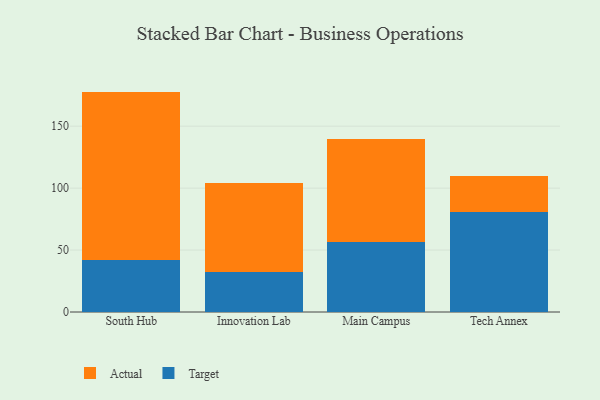
{"axis": {"x": "Campus", "y": "Population (Million)"}, "legend": ["Actual", "Target"], "data": [{"x": "South Hub", "y": 42.2, "type": "Target"}, {"x": "South Hub", "y": 135.7, "type": "Actual"}, {"x": "Innovation Lab", "y": 32.1, "type": "Target"}, {"x": "Innovation Lab", "y": 72.1, "type": "Actual"}, {"x": "Main Campus", "y": 56.9, "type": "Target"}, {"x": "Main Campus", "y": 82.8, "type": "Actual"}, {"x": "Tech Annex", "y": 80.5, "type": "Target"}, {"x": "Tech Annex", "y": 28.9, "type": "Actual"}]}